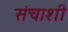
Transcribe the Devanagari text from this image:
संचाशी